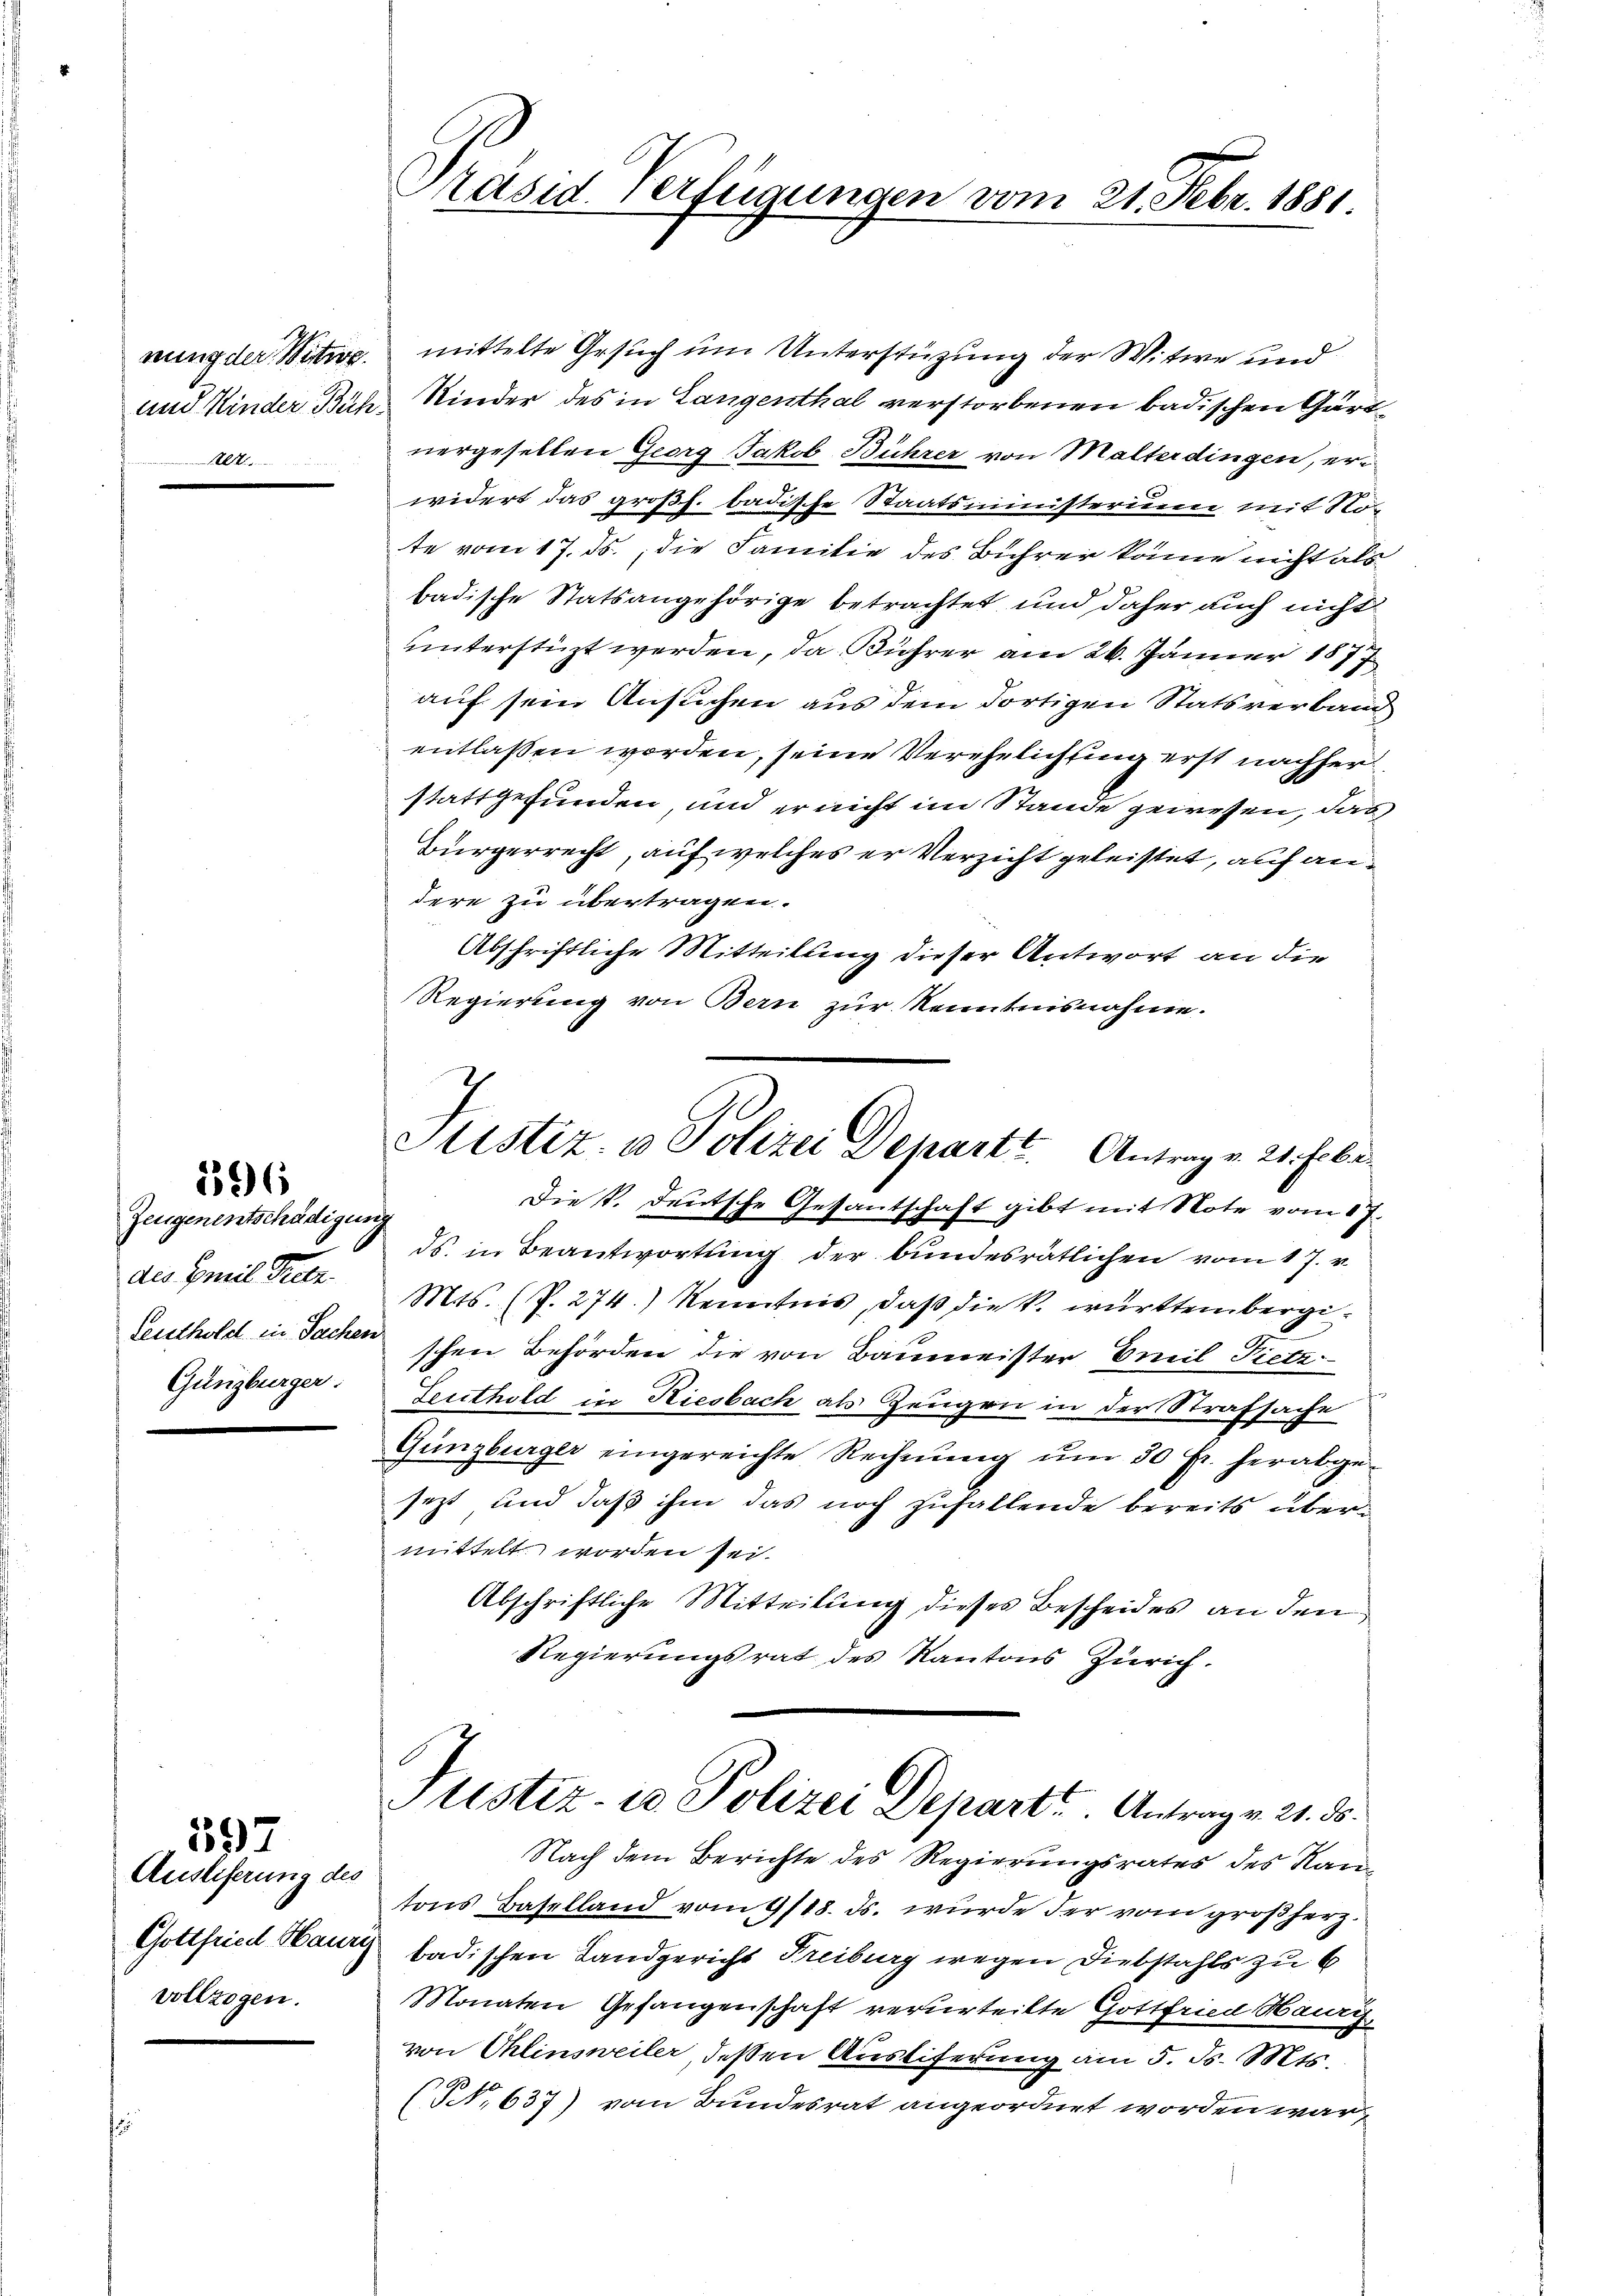
und Kinder Büh

396

Zeugenentschädigung
des Emil Tretr.
Leuthold in Sachen
Günzburger.

597

Auslieferung des
Gottfried Haur
vollzogen.

nung der Witwe, mittelte Gesuch um Unterstüzung der Witwe und
Kinder des in Langenthal verstorbenen badischen Gärtnergesellen Georg Jakob Bührer von Malterdingen, erwidert das großh. badische Staatsministerium mit Note vom 17. ds., die Familie des Bührer könne nicht als
badische Statsangehörige betrachtet und daher auch nicht
unterstüzt werden, da Bührer am 26. Jänner 1877
auf sein Ansuchen aus dem dortigen Statsverband
entlassen worden, seine Verehelichtung erst nachher
stattgefunden, und er nicht im Stande gewesen, das
Bürgerrecht, auf welches er Verzicht geleistet, auf andere zu übertragen.
Abschriftliche Mitteilung dieser Antwort an die
Regierung von Bern zur Kenntnisnahme.
I
Sistiz- & Polizei Depart. Antrag v. 21. Febr
Die V. Deutsche Gesantschaft gibt mit Note vom 17.
ds. in Beantwortung der bundesrätlichen vom 17. v.
Mts. (P. 274.) Kenntnis, daß die k. württembergischen Behörden die von Baumeister Emil Pietz
Feuthold in Riesbach als Zeugen in der Strafsache
Günzburger eingereichte Rechnŭng ŭm 30 fr. herabge-
sezt, und daß ihm das noch zufallende bereits übermittelt worden sei.
Abschriftliche Mitteilung dieses Bescheides an den
Regierungsrat des Kantons Zürich.

Präsid. Verfügungen vom 21. Febr. 1881.

Justiz- & Polizei Depart. Antrag v. 21. 3.

Nach dem Berichte des Regierungsrates des Kan-
tons Baselland vom 9/18. ds. wurde der vom großherz
badischen Landgericht Freiburg wegen Diebstahls zu 6
Monaten Gefangenschaft verurteilte Gottfried Haury
von Ohlinsweiler, deßen Austiferung am 5. Js. Mts.
NN. 637) vom Bundesrat angeordnet worden war,